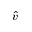
\hat { v }